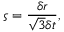
\varsigma = \frac { \delta r } { \sqrt { 3 } \delta t } ,